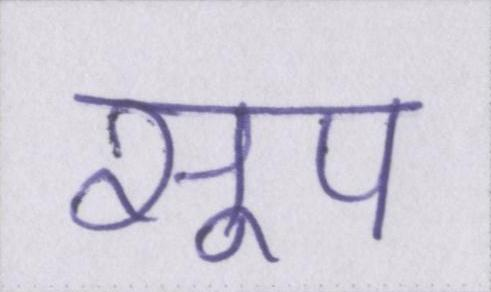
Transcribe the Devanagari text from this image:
सूप